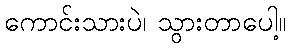
ကောင်းသားပဲ၊ သွားတာပေါ့။